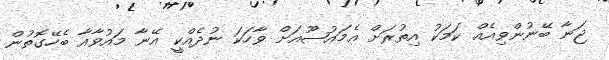
ޖަނާ ބޭނުންވިއެއް ކަމަކު އިތުރަށް އެމައުޟޫއަށް ވާހަކަ ނުދެއްކީ އޭނާ މައުވާއާ ބެހޭގޮތުން